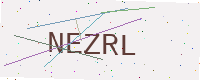
Text: NEZRL